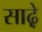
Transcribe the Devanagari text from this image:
साढ़़ेे